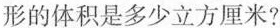
形的体积是多少立方厘米？